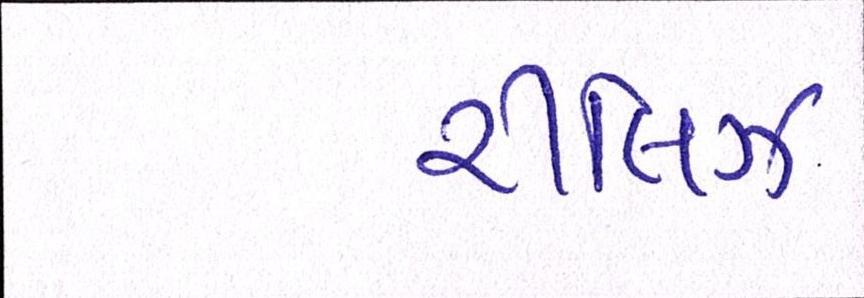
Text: રીલિઝ